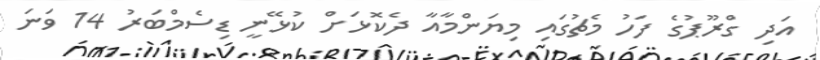
އަދި ގްރޫޕުގެ ފަހު މެޗުގައި މިޔަންމާއާ ދެކޮޅަށް ކުޅޭނީ ޑިސެމްބަރު 14 ވަނަ